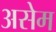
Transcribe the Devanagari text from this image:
असेम